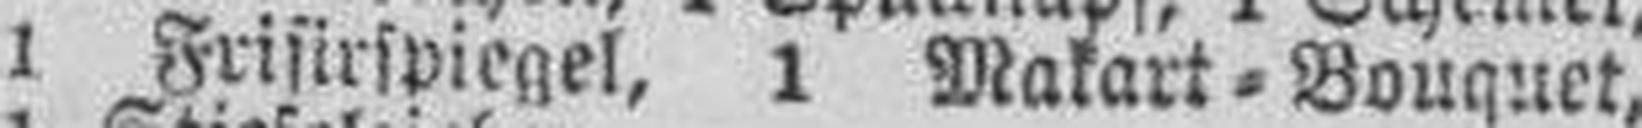
1 Frisirspiegel, 1 Makart=Bouquet,